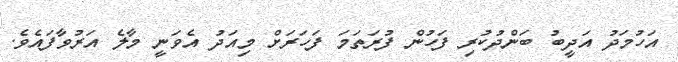
އަހުމަދު އަދީބު ބަންދުކުރި ފަހުން ފުރަތަމަ ފަހަރަށް މިއަދު އެވަނީ މާލެ އަރުވާފައެވެ.